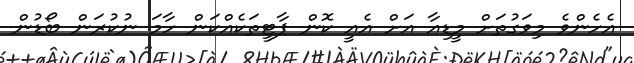
އެހެންވެ މިވަގުތަށް މީޑިއާ އަށް އެއީ ކޮން ޕާޓީތަކެއްކަން ހާމަ ނުކުރަން ބޯޑުން